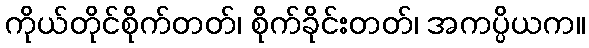
ကိုယ်တိုင်စိုက်တတ်၊ စိုက်ခိုင်းတတ်၊ အကပ္ပိယက။